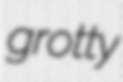
grotty